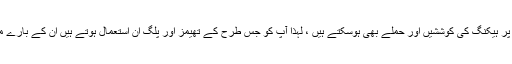
کسی بھی پلگ ان یا تھیم کو ہیک ہونے یا بدنیتی پر مبنی کوڈ سے متاثر ہونے سے بڑے پیمانے پر ہیکنگ کی کوششیں اور حملے بھی ہوسکتے ہیں ، لہذا آپ کو جس طرح کے تھیمز اور پلگ ان استعمال ہوتے ہیں ان کے بارے میں بھی محتاط رہنے کی ضرورت ہے اور جو خطرے سے دوچار ہوچکے ہیں ان کو دور کریں۔